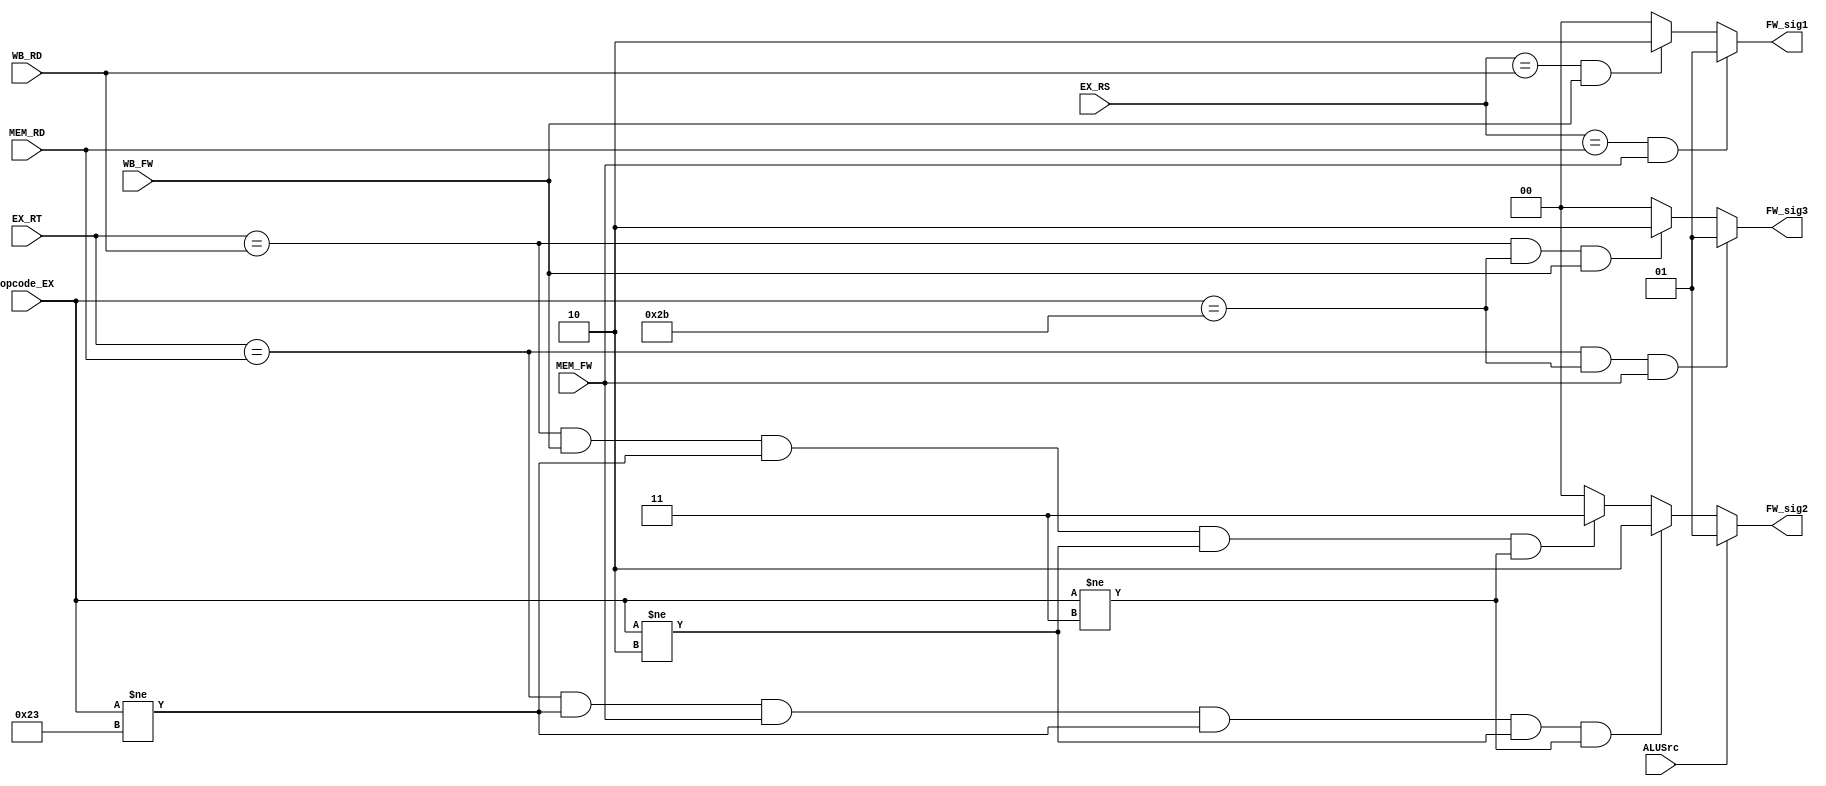
module Forwarding_Unit_EX (
    input [5:0] opcode_EX,
    input [4:0] EX_RS, EX_RT,
    input [4:0] MEM_RD, WB_RD,
    input ALUSrc,
    input MEM_FW, WB_FW,
    output [1:0] FW_sig1, 
    output [1:0] FW_sig2,
    output [1:0] FW_sig3
);

assign FW_sig1 = ((EX_RS == MEM_RD) && MEM_FW) ? 2'b01 :(
                ((EX_RS == WB_RD) && WB_FW) ? 2'b10 : 2'b00);

assign FW_sig2 = ( (ALUSrc == 1'b1) ? 2'b01 : 
( ((EX_RT == MEM_RD) && (opcode_EX != 6'b100011) && MEM_FW && (opcode_EX!=6'b100011)&&(opcode_EX!=6'b000010)&&(opcode_EX!=6'b000011)) ?  2'b10 : 
( ((EX_RT == WB_RD) && WB_FW && (opcode_EX!=6'b100011)&&(opcode_EX!=6'b000010)&&(opcode_EX!=6'b000011)) ? 2'b11 :  2'b00)));

assign FW_sig3 = ((EX_RT == MEM_RD) && (opcode_EX==6'b101011) && MEM_FW) ? 2'b01 : 
(((EX_RT == WB_RD) && (opcode_EX==6'b101011) && WB_FW) ? 2'b10 : 2'b00);

endmodule


// https://gofo-coding.tistory.com/entry/Data-Hazardshate